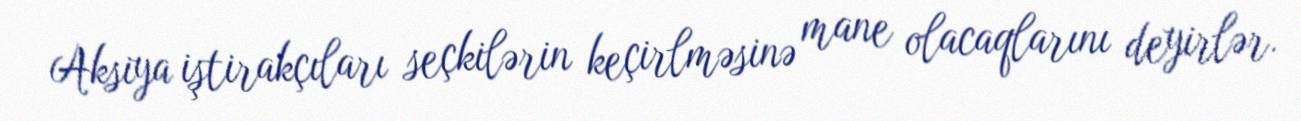
Aksiya iştirakçıları seçkilərin keçirlməsinə mane olacaqlarını deyirlər.